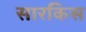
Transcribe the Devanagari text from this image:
सारकिस